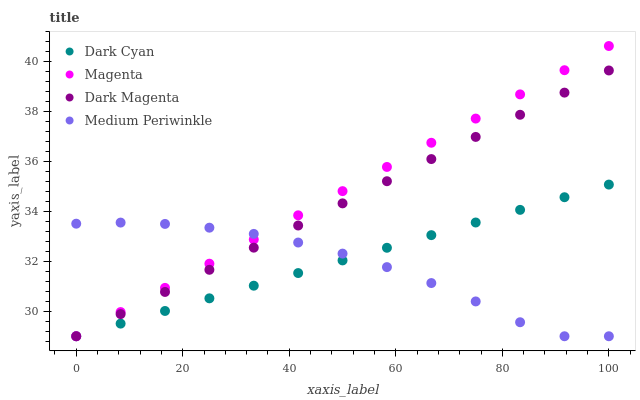
| xaxis_label | Dark Cyan | Magenta | Dark Magenta | Medium Periwinkle |
 | --- | --- | --- | --- | --- |
 | 0 | 29 | 29 | 29 | 33.5 |
 | 8.33 | 29.5 | 30 | 29.9 | 33.6 |
 | 16.7 | 30 | 30.9 | 30.8 | 33.5 |
 | 25 | 30.5 | 31.9 | 31.7 | 33.4 |
 | 33.3 | 31 | 32.9 | 32.6 | 33.1 |
 | 41.7 | 31.5 | 33.8 | 33.4 | 32.8 |
 | 50 | 32 | 34.8 | 34.3 | 32.3 |
 | 58.3 | 32.5 | 35.8 | 35.2 | 31.8 |
 | 66.7 | 33.1 | 36.8 | 36.1 | 31.1 |
 | 75 | 33.6 | 37.7 | 37 | 30.4 |
 | 83.3 | 34.1 | 38.7 | 37.9 | 29.6 |
 | 91.7 | 34.6 | 39.7 | 38.8 | 29 |
 | 100 | 35.1 | 40.6 | 39.7 | 29 |